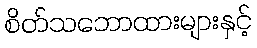
စိတ်သဘောထားများနှင့်